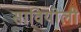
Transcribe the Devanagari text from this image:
सावियोली